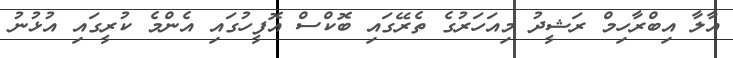
އާލާ އިބްރާހިމް ރަޝީދު މިއަހަރުގެ ތެރޭގައި ބޮކްސް އޮފީހުގައި އެންމެ ކުރީގައި އުޅުނު